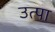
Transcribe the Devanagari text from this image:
उत्पा